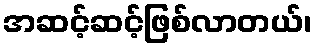
အဆင့်ဆင့်ဖြစ်လာတယ်၊